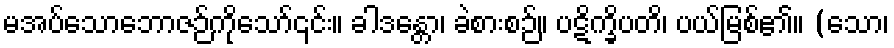
မအပ်သောဘောဇဉ်ကိုသော်၎င်း။ ခါဒန္တော၊ ခဲစားစဉ်။ ပဋိက္ခိပတိ၊ ပယ်မြစ်၏။ (သော၊